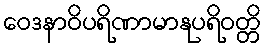
ဝေဒနာဝိပရိဏာမာနုပရိဝတ္တိ